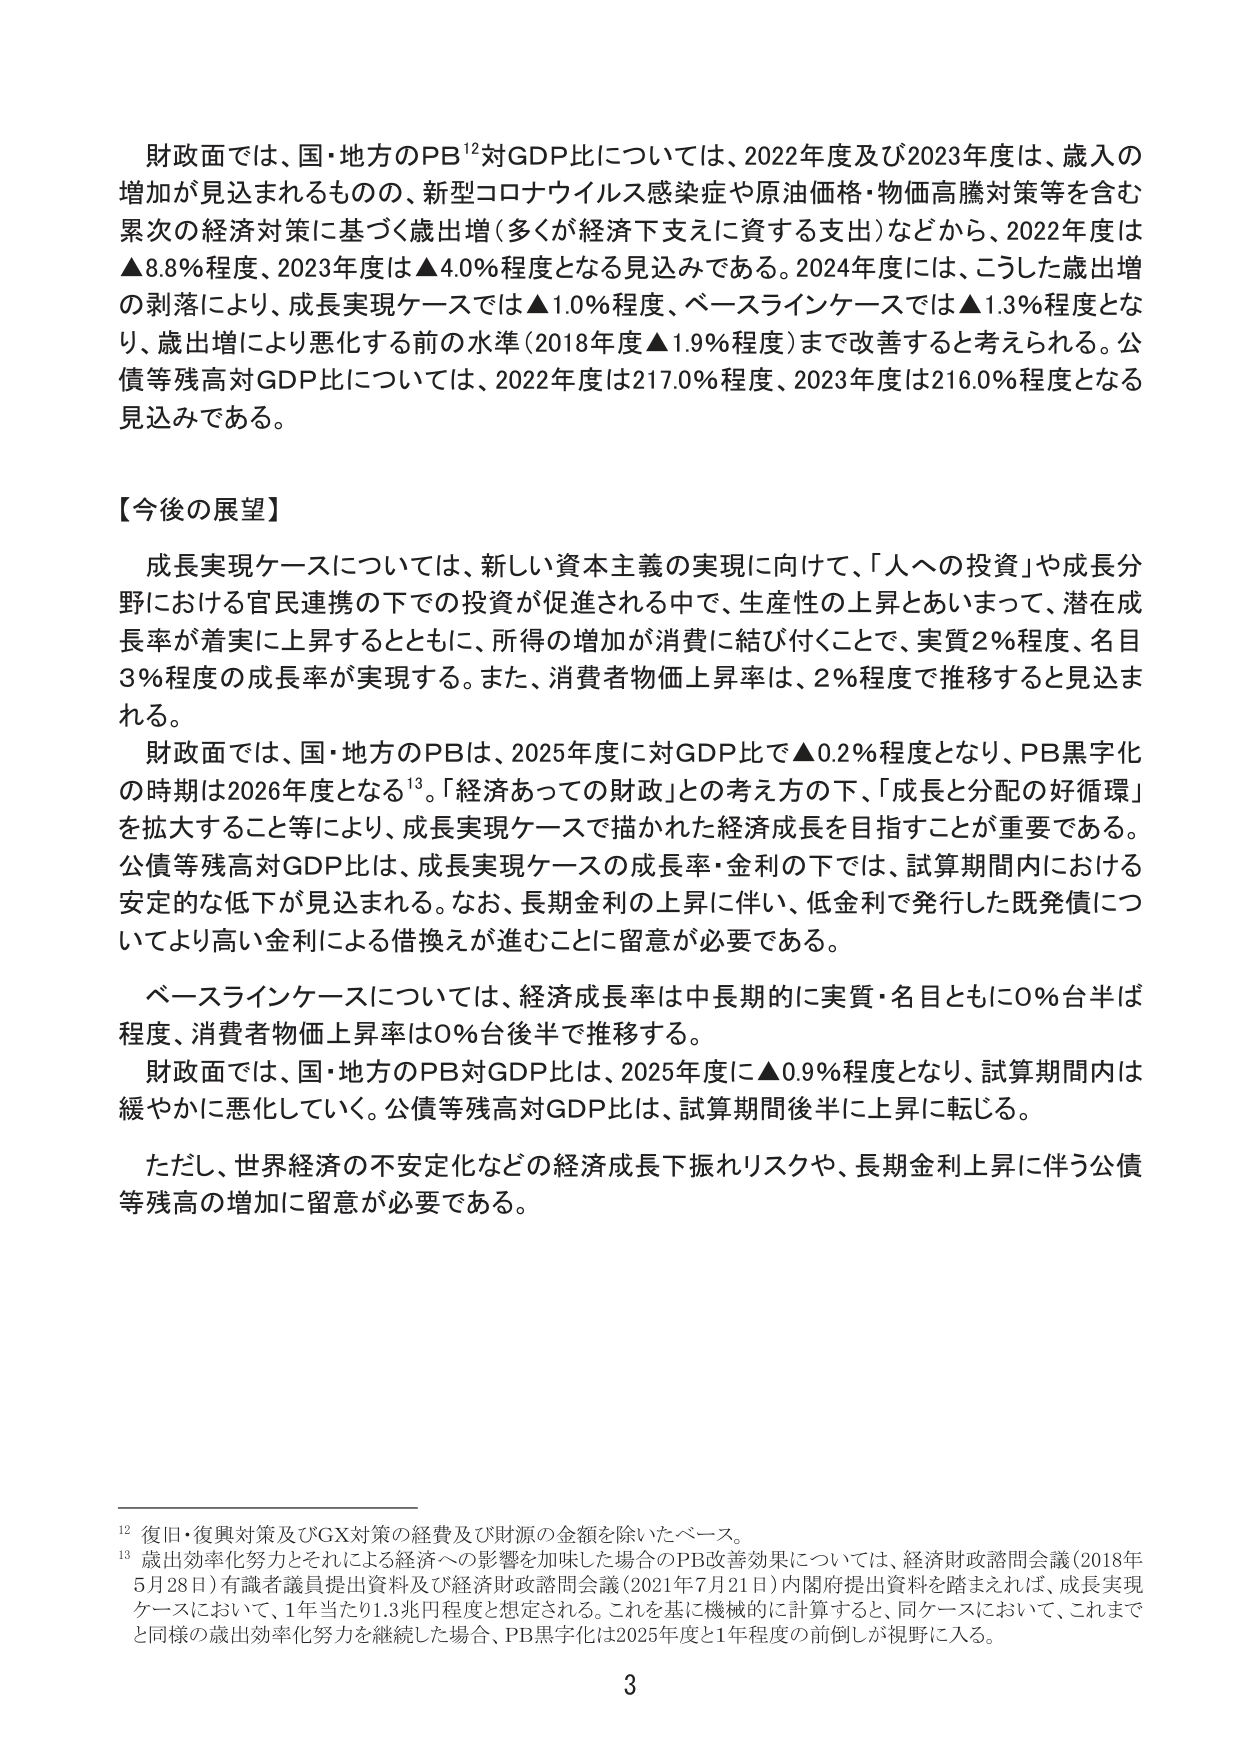
財政面では、国・地方のPB¹²対GDP比については、2022年度及び2023年度は、歳入の増加が見込まれるもの、新型コロナウイルス感染症や原油価格・物価高騰対策等を含む累次の経済対策に基づく歳出増（多くが経済下支えに資する支出）などから、2022年度は▲8.8％程度、2023年度は▲4.0％程度となる見込みである。2024年度には、こうした歳出増の剥落により、成長実現ケースでは▲1.0％程度、ベースラインケースでは▲1.3％程度となり、歳出増により悪化する前の水準（2018年度▲1.9％程度）まで改善すると考えられる。公債等残高対GDP比については、2022年度は217.0％程度、2023年度は216.0％程度となる見込みである。

【今後の展望】

成長実現ケースについては、新しい資本主義の実現に向けて、「人への投資」や成長分野における官民連携の下での投資が促進される中で、生産性の上昇とあいまって、潜在成長率が着実に上昇するとともに、所得の増加が消費に結び付くことで、実質2％程度、名目3％程度の成長率が実現する。また、消費者物価上昇率は、2％程度で推移すると見込まれる。

財政面では、国・地方のPBは、2025年度に対GDP比で▲0.2％程度となり、PB黒字化の時期は2026年度となる¹³。「経済あっての財政」との考え方の下、「成長と分配の好循環」を拡大すること等により、成長実現ケースで描かれた経済成長を目指すことが重要である。公債等残高対GDP比は、成長実現ケースの成長率・金利の下では、試算期間内における安定的な低下が見込まれる。なお、長期金利の上昇に伴い、低金利で発行した既発債についてより高い金利による借換えが進むことに留意が必要である。

ベースラインケースについては、経済成長率は中長期的に実質・名目ともに0％台半ば程度、消費者物価上昇率は0％台後半で推移する。

財政面では、国・地方のPB対GDP比は、2025年度に▲0.9％程度となり、試算期間内は緩やかに悪化していく。公債等残高対GDP比は、試算期間後半に上昇に転じる。

ただし、世界経済の不安定化などの経済成長下振れリスクや、長期金利上昇に伴う公債等残高の増加に留意が必要である。

¹² 復旧・復興対策及びGX対策の経費及び財源の金額を除いたベース。

¹³ 歳出効率化努力とそれによる経済への影響を加味した場合のPB改善効果については、経済財政諮問会議（2018年5月28日）有識者議員提出資料及び経済財政諮問会議（2021年7月21日）内閣府提出資料を踏まえれば、成長実現ケースにおいて、1年当たり1.3兆円程度と想定される。これを基に機械的に計算すると、同ケースにおいて、これまでと同様の歳出効率化努力を継続した場合、PB黒字化は2025年度と1年程度の前倒しが視野に入る。

3